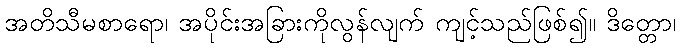
အတိသီမစာရော၊ အပိုင်းအခြားကိုလွန်လျက် ကျင့်သည်ဖြစ်၍။ ဒိတ္တော၊